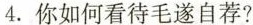
4.你如何看待毛遂自荐?